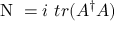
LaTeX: \mathrm { \boldmath ~ N ~ } = i ~ t r ( { \cal { A } } ^ { \dag } A )